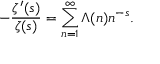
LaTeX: - { \frac { \zeta ^ { \prime } ( s ) } { \zeta ( s ) } } = \sum _ { n = 1 } ^ { \infty } \Lambda ( n ) n ^ { - s } .